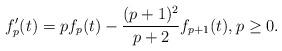
LaTeX: \begin{align*}f'_p(t)=p f_p(t) -\frac{(p+1)^2}{p+2}f_{p+1}(t),p\ge 0. \end{align*}